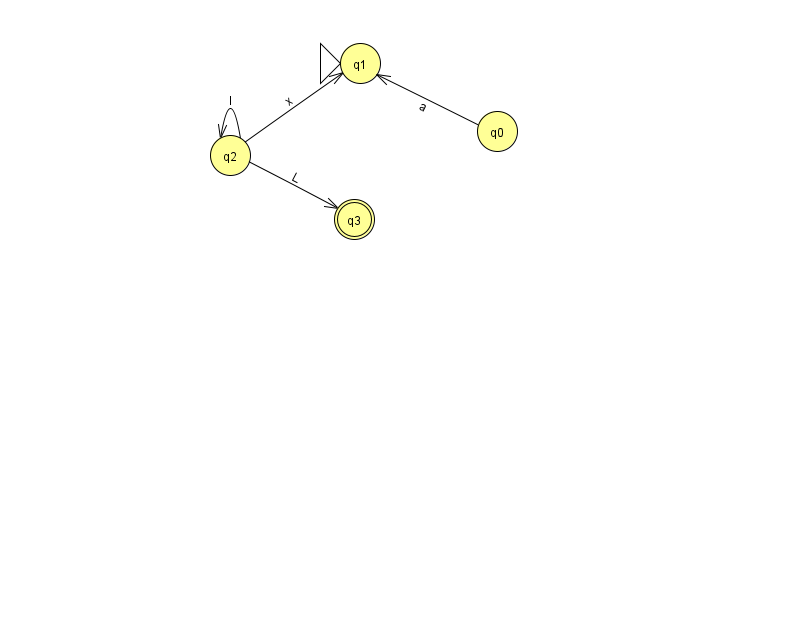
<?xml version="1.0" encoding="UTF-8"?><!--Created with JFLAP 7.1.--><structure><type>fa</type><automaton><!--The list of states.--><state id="0" name="q0"><x>497.0</x><y>118.0</y></state><state id="1" name="q1"><x>360.0</x><y>50.0</y><initial/></state><state id="2" name="q2"><x>230.0</x><y>142.0</y></state><state id="3" name="q3"><x>354.0</x><y>206.0</y><final/></state><!--The list of transitions.--><transition><from>2</from><to>1</to><read>x</read></transition><transition><from>0</from><to>1</to><read>a</read></transition><transition><from>2</from><to>2</to><read>l</read></transition><transition><from>2</from><to>3</to><read>L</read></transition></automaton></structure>